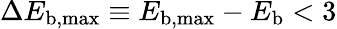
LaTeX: \Delta E_{\mathrm{b,max}}\equiv E_{\mathrm{b,max}}-E_{\mathrm{b}}<3